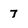
Character: 7